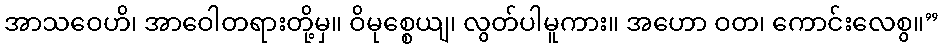
အာသဝေဟိ၊ အာဝေါတရားတို့မှ။ ဝိမုစ္စေယျ၊ လွတ်ပါမူကား။ အဟော ဝတ၊ ကောင်းလေစွ။”